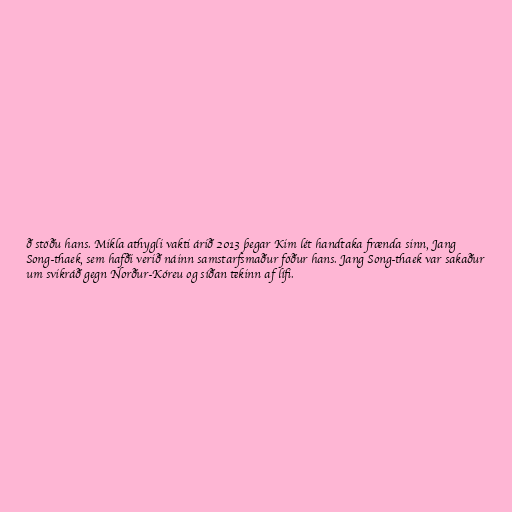
ð stöðu hans. Mikla athygli vakti árið 2013 þegar Kim lét handtaka frænda sinn, Jang
Song-thaek, sem hafði verið náinn samstarfsmaður föður hans. Jang Song-thaek var sakaður
um svikráð gegn Norður-Kóreu og síðan tekinn af lífi.